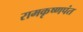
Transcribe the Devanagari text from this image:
रामकृष्णपंत